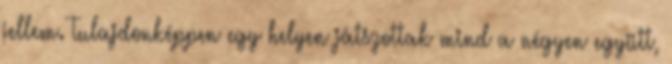
jellem. Tulajdonképpen egy helyen játszottak mind a négyen együtt,